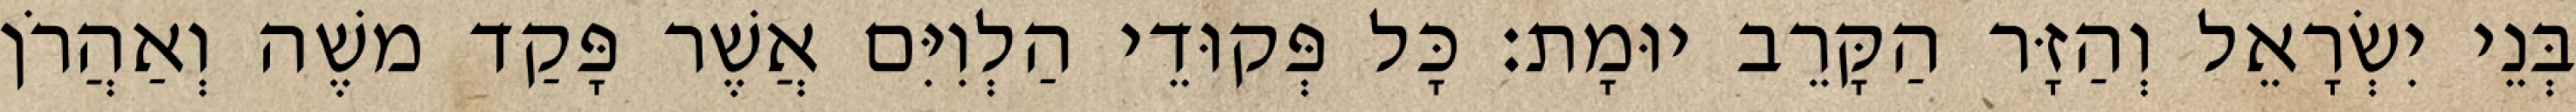
בְּנֵי יִשְׂרָאֵל וְהַזָּר הַקָּרֵב יוּמָת׃ כָּל פְּקוּדֵי הַלְוִיִּם אֲשֶׁר פָּקַד משֶׁה וְאַהֲרֹן